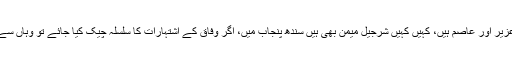
چھوٹے شہروں میں چھوٹے چیمہ اور عزیر اور عاصم ہیں، کہیں کہیں شرجیل میمن بھی ہیں سندھ پنجاب میں، اگر وفاق کے اشتہارات کا سلسلہ چیک کیا جائے تو وہاں سے بھی کوئی نکل آئے گا یا نکل آئے گی۔